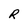
Character: R